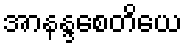
အာနန္ဒစေတိယေ